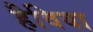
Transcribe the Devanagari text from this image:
हैविया